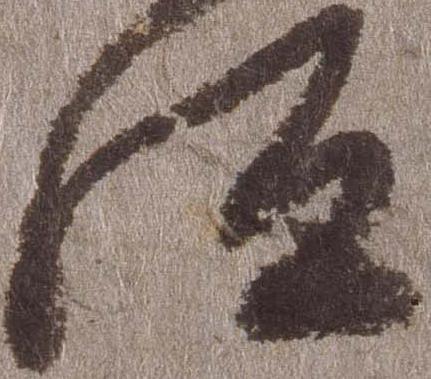
汰